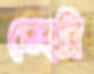
তেহরি